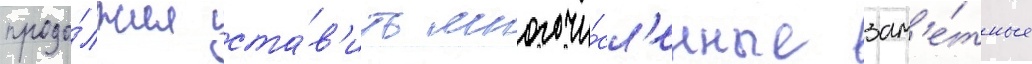
продо́лжил ста́в'ить многочи́сл'енные зам'е́тные